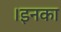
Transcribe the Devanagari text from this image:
।इनका